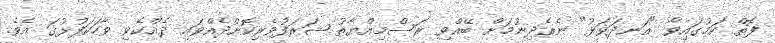
ފޮތް ކަމުގައިވާ "އަނދަވަޅު" ނެރެދިނުމަށް ބޭއްވި ރަސްމިއްޔާތު ޝަރަފުވެރިކޮށްދެއްވައި ދެއްކެވި ވާހަކަފުޅުގަ އެވެ.